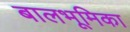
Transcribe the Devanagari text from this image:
बालभूमिका